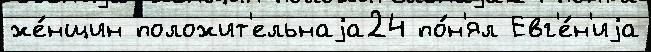
же́нщин положит'ельнаjа24 по́н'ял Евг'е́н'иjа